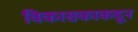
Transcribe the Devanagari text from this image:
विकासकाकडून